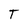
Character: T